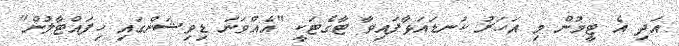
އަދި އެ ޓީމުން މި އަހަރު ކަނޑައަޅާފައިވާ ޓާގެޓަކީ "އެއްވަނަ ޑިވިޝަންގައި ހިފައްޓާލުން"